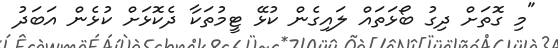
"މި ގޮތަށް ދިގު ބޯޅަތައް ލައިގެން ކުޅޭ ޓީމުތަކާ ދެކޮޅަށް ކުޅެން އަބަދު